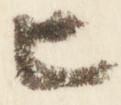
匕